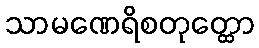
သာမဏေရိစတုတ္ထော